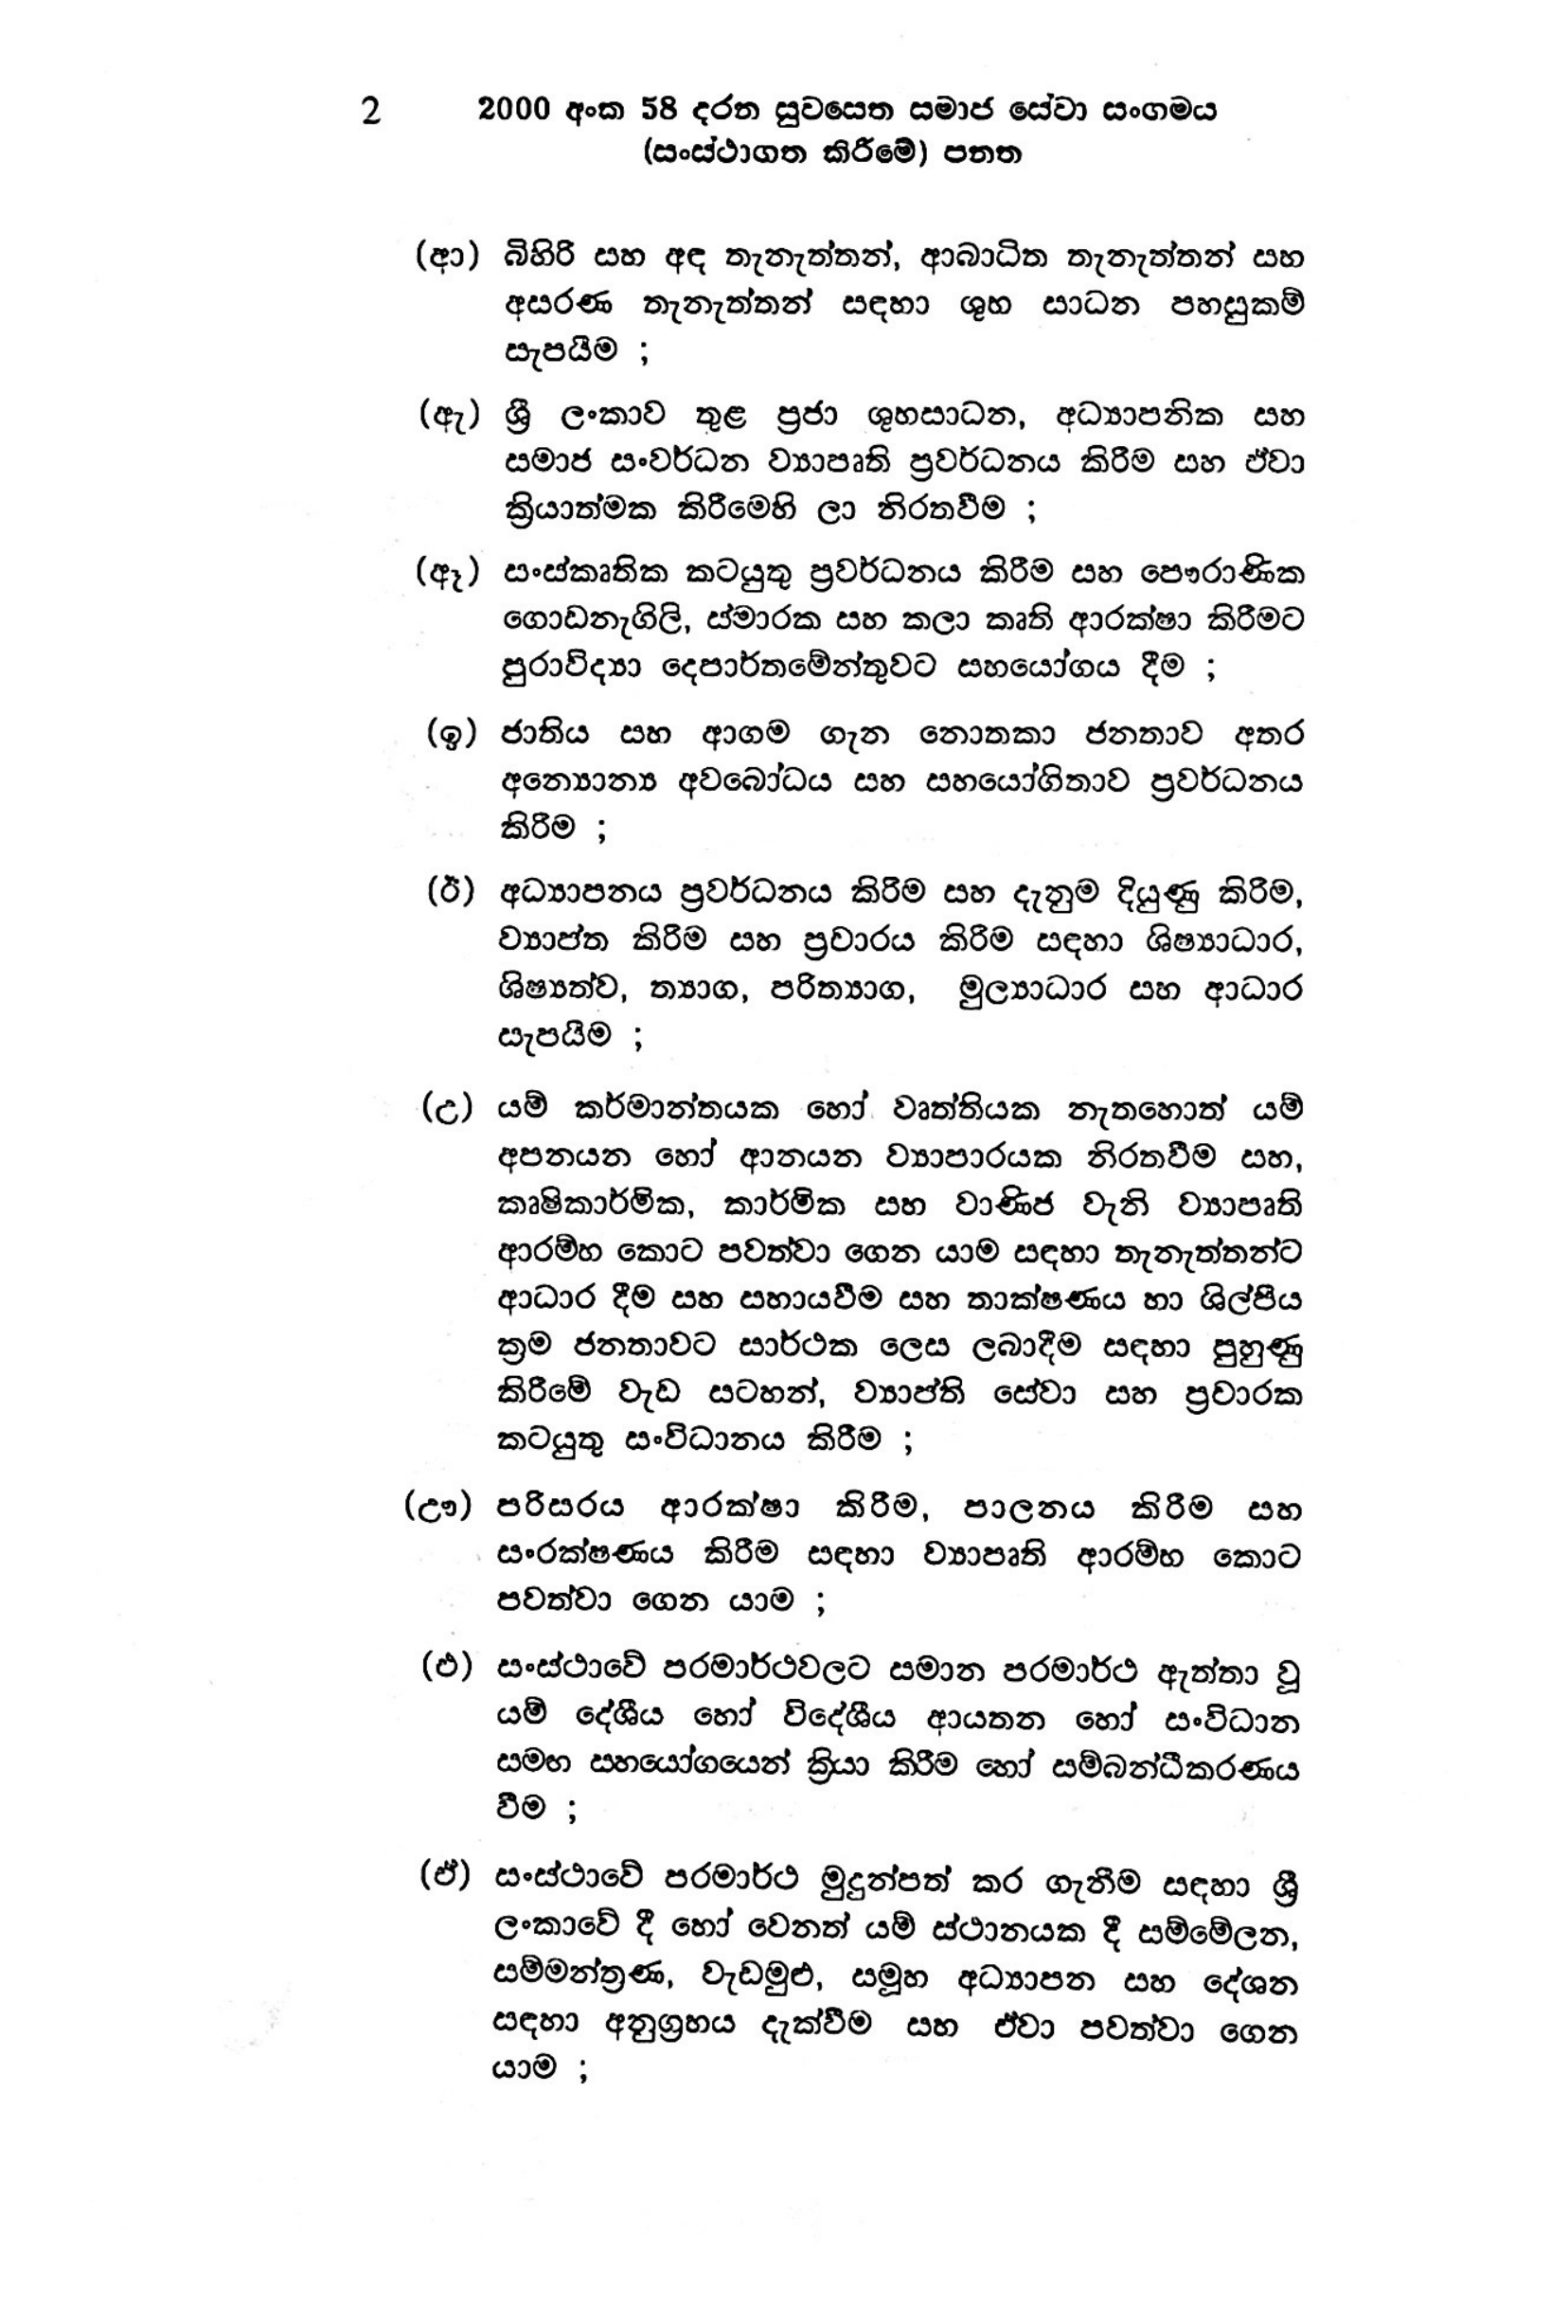
2 2000 අංක 58 දරන සුවසෙත සමාජ සේවා සංගමය
(සංස්ථාගත කිරීමේ) පනත

(ආ) බිහිරි සහ අඳ තැනැත්තන්, ආබාධිත තැනැත්තන් සහ
අසරණ තැනැත්තන් සඳහා ශුභ සාධන පහසුකම්
සැපයීම ;

(ඇ) ශ්‍රී ලංකාව තුළ ප්‍රජා ශුභසාධන, අධ්‍යාපනික සහ
සමාජ සංවර්ධන ව්‍යාපෘති ප්‍රවර්ධනය කිරීම සහ ඒවා
ක්‍රියාත්මක කිරීමෙහි ලා නිරතවීම ;

(ඈ) සංස්කෘතික කටයුතු ප්‍රවර්ධනය කිරීම සහ පෞරාණික
ගොඩනැගිලි, ස්මාරක සහ කලා කෘති ආරක්ෂා කිරීමට
පුරාවිද්‍යා දෙපාර්තමේන්තුවට සහයෝගය දීම ;

(ඉ) ජාතිය සහ ආගම ගැන නොතකා ජනතාව අතර
අන්‍යොන්‍ය අවබෝධය සහ සහයෝගිතාව ප්‍රවර්ධනය
කිරීම ;

(ඊ) අධ්‍යාපනය ප්‍රවර්ධනය කිරීම සහ දැනුම දියුණු කිරීම,
ව්‍යාප්ත කිරීම සහ ප්‍රචාරය කිරිම සඳහා ශිෂ්‍යාධාර,
ශිෂ්‍යත්ව, ත්‍යාග, පරිත්‍යාග, මුල්‍යාධාර සහ ආධාර
සැපයීම ;

(උ) යම් කර්මාන්තයක හෝ වෘත්තියක නැතහොත් යම්
අපනයන හෝ ආනයන ව්‍යාපාරයක නිරතවීම සහ,
කෘෂිකාර්මික, කාර්මික සහ වාණිජ වැනි ව්‍යාපෘති
ආරම්භ කොට පවත්වා ගෙන යාම සඳහා තැනැත්තන්ට
ආධාර දීම සහ සහායවීම සහ තාක්ෂණය හා ශිල්පීය
ක්‍රම ජනතාවට සාර්ථක ලෙස ලබාදීම සඳහා පුහුණු
කිරීමේ වැඩ සටහන්, ව්‍යාප්ති සේවා සහ ප්‍රචාරක
කටයුතු සංවිධානය කිරීම ;

(ඌ) පරිසරය ආරක්ෂා කිරීම, පාලනය කිරීම සහ
සංරක්ෂණය කිරීම සඳහා ව්‍යාපෘති ආරම්භ කොට
පවත්වා ගෙන යාම ;

(එ) සංස්ථාවේ පරමාර්ථවලට සමාන පරමාර්ථ ඇත්තා වූ
යම් දේශීය හෝ විදේශීය ආයතන හෝ සංවිධාන
සමඟ සහයෝගයෙන් ක්‍රියා කිරීම හෝ සම්බන්ධීකරණය
වීම ;

(ඒ) සංස්ථාවේ පරමාර්ථ මුදුන්පත් කර ගැනීම සඳහා ශ්‍රී
ලංකාවේ දී හෝ වෙනත් යම් ස්ථානයක දී සම්මේලන,
සම්මන්ත්‍රණ, වැඩමුළු, සමූහ අධ්‍යාපන සහ දේශන
සඳහා අනුග්‍රහය දැක්වීම සහ ඒවා පවත්වා ගෙන
යාම ;